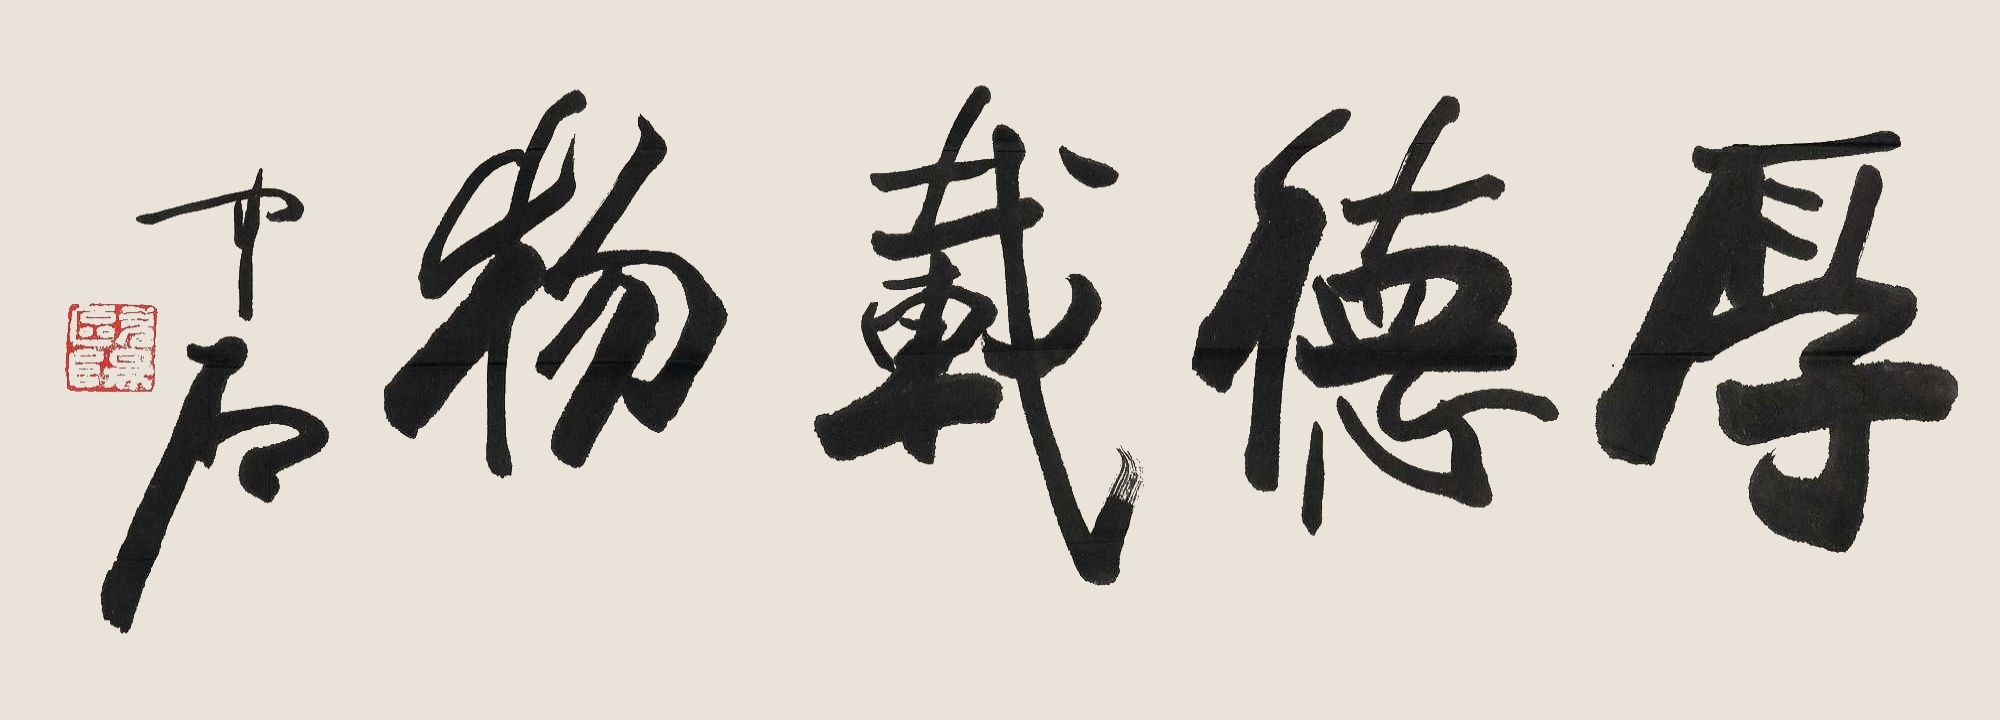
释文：厚德载物中石。